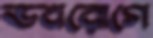
ভবরোগে